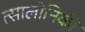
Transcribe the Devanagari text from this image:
त्सालोनिकी